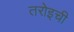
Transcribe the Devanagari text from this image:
तरोइची